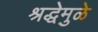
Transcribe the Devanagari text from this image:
श्रद्धेमुळे